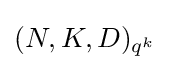
(N,K,D)_{q^{k}}